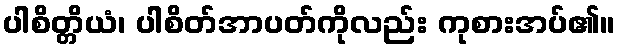
ပါစိတ္တိယံ၊ ပါစိတ်အာပတ်ကိုလည်း ကုစားအပ်၏။